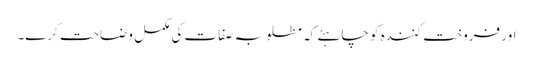
اور فروخت کنندہ کو چاہئے کہ مطلوبہ صفات کی مکمل وضاحت کرے۔